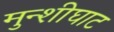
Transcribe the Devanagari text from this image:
मुन्शीघाट